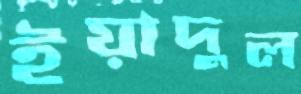
ইয়াদুল